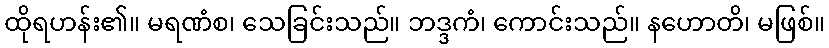
ထိုရဟန်း၏။ မရဏံစ၊ သေခြင်းသည်။ ဘဒ္ဒကံ၊ ကောင်းသည်။ နဟောတိ၊ မဖြစ်။